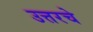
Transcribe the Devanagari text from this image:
उत्तरचे